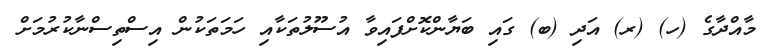
މާއްދާގެ (ހ) (ރ) އަދި (ބ) ގައި ބަޔާންކޮށްފައިވާ އުސޫލުތަކާއި ހަމަތަކުން އިސްތިސްނާކުރުމަށް